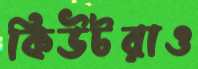
কিউটরাও